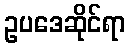
ဥပဒေဆိုင်ရာ